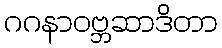
ဂဂနာဝဗ္ဘဆာဒိတာ